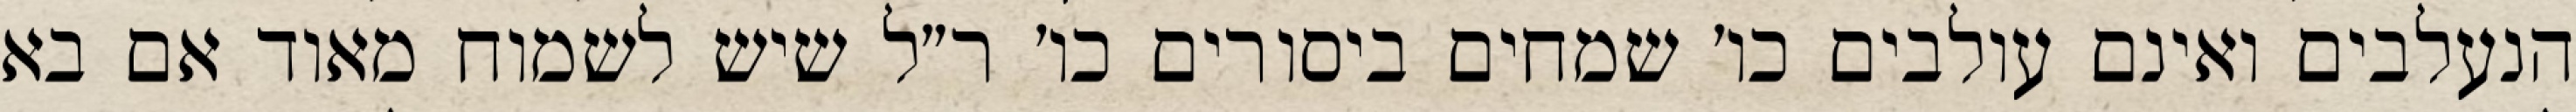
הנעלבים ואינם עולבים כו׳ שמחים ביסורים כו׳ ר״ל שיש לשמוח מאוד אם בא